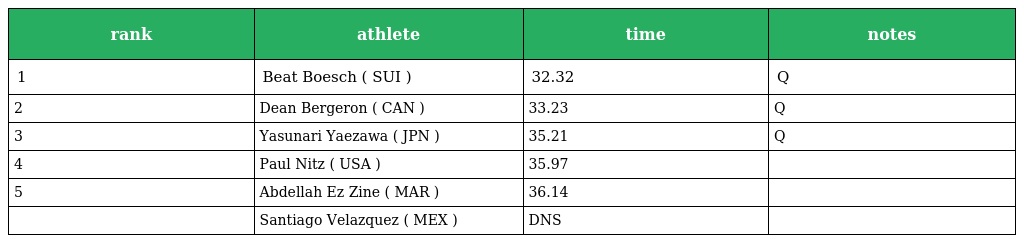
| rank | athlete | time | notes |
 | --- | --- | --- | --- |
 | 1 | Beat Boesch ( SUI ) | 32.32 | Q |
 | 2 | Dean Bergeron ( CAN ) | 33.23 | Q |
 | 3 | Yasunari Yaezawa ( JPN ) | 35.21 | Q |
 | 4 | Paul Nitz ( USA ) | 35.97 |  |
 | 5 | Abdellah Ez Zine ( MAR ) | 36.14 |  |
 |  | Santiago Velazquez ( MEX ) | DNS |  |